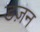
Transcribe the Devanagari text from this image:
डज़न